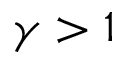
\gamma > 1